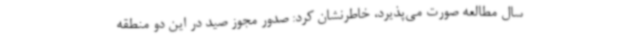
سال مطالعه صورت می‌پذیرد، خاطرنشان کرد: صدور مجوز صید در این دو منطقه